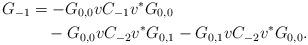
LaTeX: \begin{align*}G_{-1}&=-G_{0,0}vC_{-1}v^*G_{0,0}\\&\quad-G_{0,0}vC_{-2}v^*G_{0,1}-G_{0,1}vC_{-2}v^*G_{0,0}.\end{align*}